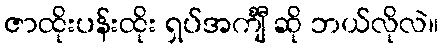
ဇာထိုးပန်းထိုး ရှပ်အင်္ကျီ ဆို ဘယ်လိုလဲ။